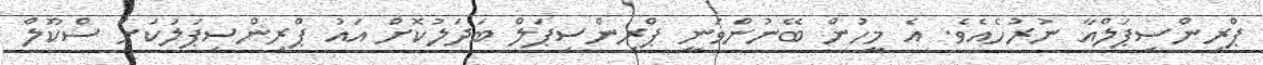
ޕްރިންސިޕަލްއާ ނުރުހެއެވެ. އެ މީހުން ބޭނުންވަނީ ޕްރިންސިޕަލް ބަދަލުކޮށް އައު ޕްރިންސިޕަލަކަށް ސްކޫލް